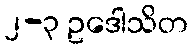
၂-၃ ဥဒေါသိတ